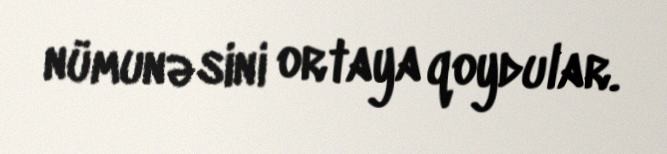
nümunəsini ortaya qoydular.